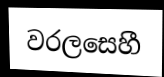
වරලසෙහී